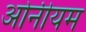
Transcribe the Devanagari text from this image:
ओनीयम